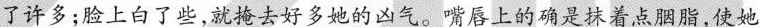
了许多；脸上白了些，就掩去好多她的凶气。嘴唇上的确是抹着点胭脂，使她